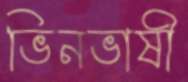
ভিনভাষী